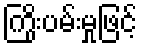
ကြိုးပမ်းမှုဖြင့်